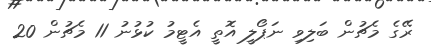
ރޭގެ މެޗުން ބަލިވި ނަޕޯލީ އޮތީ އެޓީމު ކުޅުނު 11 މެޗުން 20